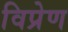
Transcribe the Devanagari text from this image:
विप्रेण